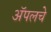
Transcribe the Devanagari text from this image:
ॲपलचे